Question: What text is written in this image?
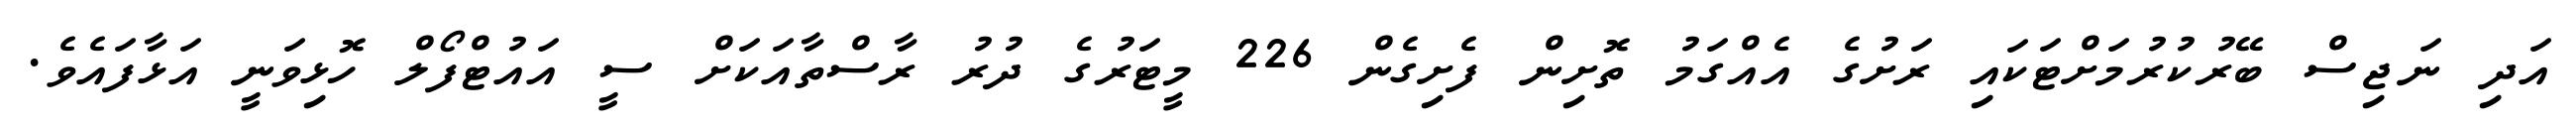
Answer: އަދި ނަޖިސް ބޭރުކުރުމަށްޓަކައި ރަށުގެ އެއްގަމު ތޮށިން ފެށިގެން 226 މީޓަރުގެ ދުރު ރާސްތާއަކަށް ސީ އައުޓްފޯލް ހޮޅިވަނީ އަޅާފައެވެ.